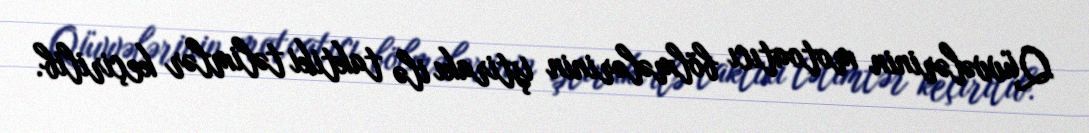
Qüvvələrinin motoatıcı bölmələrinin iştirakı ilə taktiki təlimlər keçirilib.